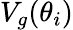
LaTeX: V_{g}(\theta_{i})